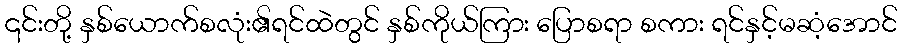
၎င်းတို့ နှစ်ယောက်စလုံး၏ရင်ထဲတွင် နှစ်ကိုယ်ကြား ပြောစရာ စကား ရင်နှင့်မဆံ့အောင်